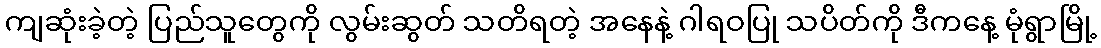
ကျဆုံးခဲ့တဲ့ ပြည်သူတွေကို လွမ်းဆွတ် သတိရတဲ့ အနေနဲ့ ဂါရဝပြု သပိတ်ကို ဒီကနေ့ မုံရွာမြို့